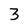
Character: 3